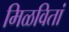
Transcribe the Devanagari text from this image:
मिळवितां